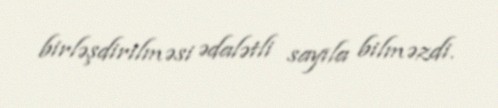
birləşdirilməsi ədalətli sayıla bilməzdi.